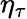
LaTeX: \eta_{\tau}